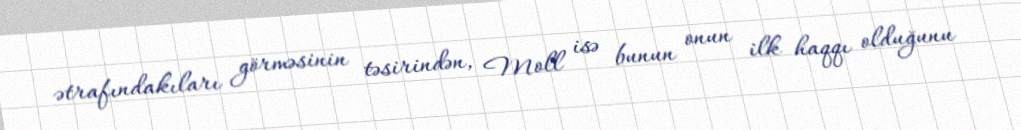
ətrafındakıları görməsinin təsirindən, Moll isə bunun onun ilk haqqı olduğunu